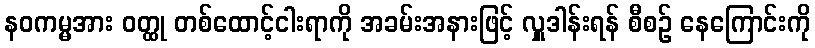
နဝကမ္မအား ဝတ္ထု တစ်ထောင့်ငါးရာကို အခမ်းအနားဖြင့် လှူဒါန်းရန် စီစဉ် နေကြောင်းကို